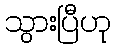
သွားပြီဟု